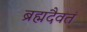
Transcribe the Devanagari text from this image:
ब्रह्मदैवतं